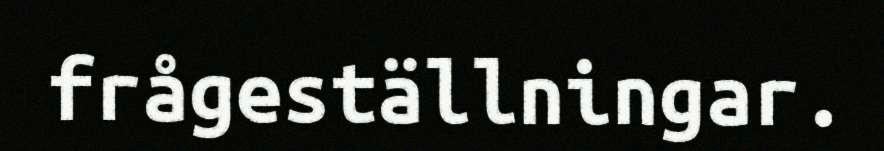
frågeställningar.